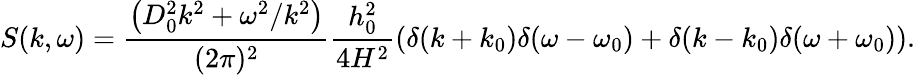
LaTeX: S(k,\omega)=\frac{\left(D_{0}^{2}k^{2}+\omega^{2}/k^{2}\right)}{(2\pi)^{2}}\frac{h_{0}^{2}}{4H^{2}}\left(\delta(k+k_{0})\delta(\omega-\omega_{0})+\delta(k-k_{0})\delta(\omega+\omega_{0})\right).